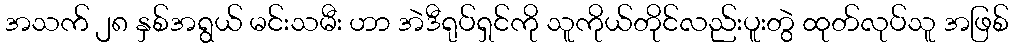
အသက် ၂၈ နှစ်အရွယ် မင်းသမီး ဟာ အဲဒီရုပ်ရှင်ကို သူကိုယ်တိုင်လည်းပူးတွဲ ထုတ်လုပ်သူ အဖြစ်